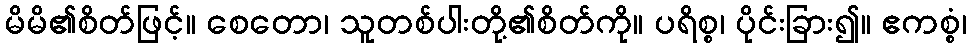
မိမိ၏စိတ်ဖြင့်။ စေတော၊ သူတစ်ပါးတို့၏စိတ်ကို။ ပရိစ္စ၊ ပိုင်းခြား၍။ ဧကစ္စံ၊